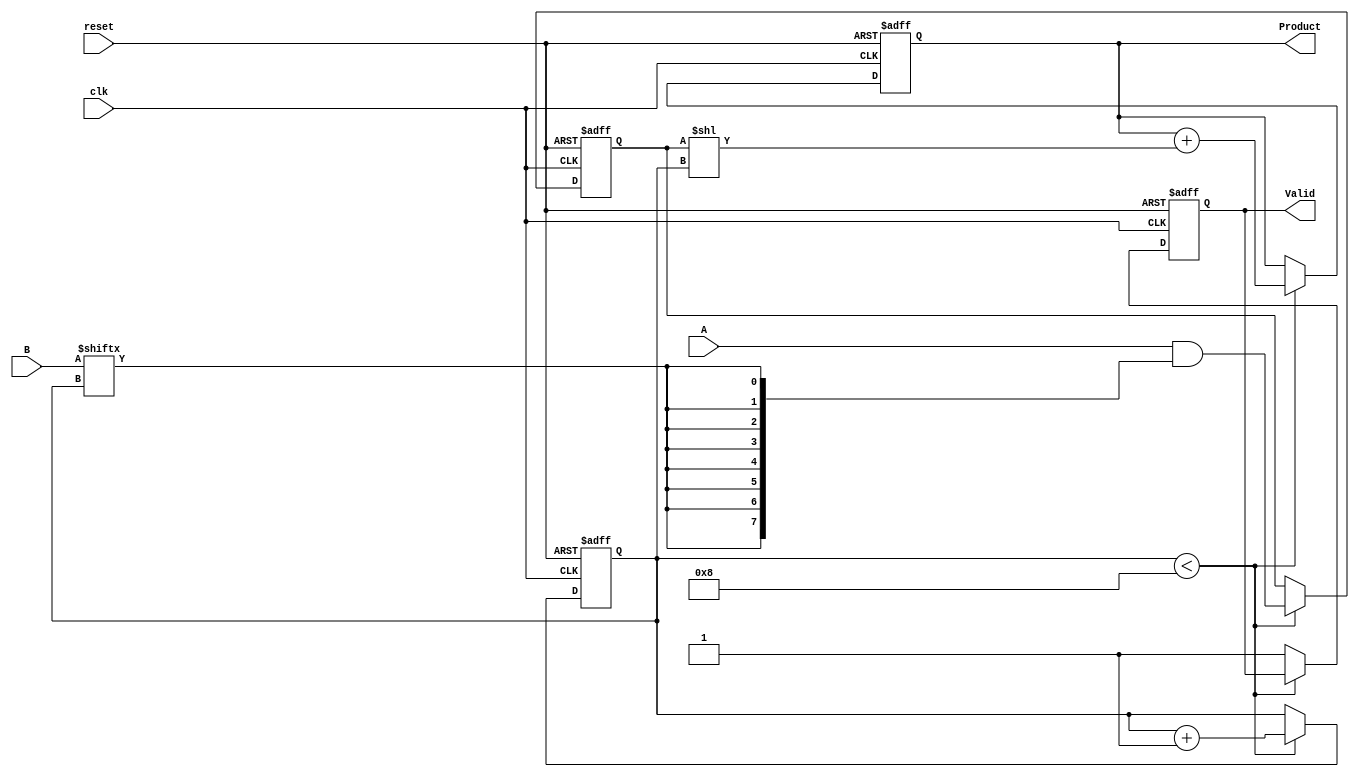
module PartialProductAccumulator #(
    parameter WIDTH = 8  // Width of the operands
)(
    input wire [WIDTH-1:0] A,       // Multiplicand
    input wire [WIDTH-1:0] B,       // Multiplier
    input wire clk,                  // Clock signal
    input wire reset,                // Active-high reset signal
    output reg [2*WIDTH-1:0] Product, // Final accumulated product output
    output reg Valid                 // Signal indicating that the product is valid
);

    reg [WIDTH-1:0] partial_product; // Intermediate partial product
    reg [3:0] bit_counter;            // Counter for bits processed

    // Initialization and reset logic
    always @(posedge clk or posedge reset) begin
        if (reset) begin
            Product <= 0;       // Clear the accumulated product
            partial_product <= 0; // Clear the partial product
            bit_counter <= 0;   // Reset the bit counter
            Valid <= 1'b0;      // Product not valid initially
        end else begin
            if (bit_counter < WIDTH) begin
                // Generate partial product by ANDing A with the current bit of B
                partial_product <= A & {WIDTH{B[bit_counter]}};
                
                // Accumulate the partial product
                Product <= Product + (partial_product << bit_counter);
                
                // Increment the counter
                bit_counter <= bit_counter + 1;
            end else begin
                // Once all bits have been processed, assert Valid
                Valid <= 1'b1;
            end
        end
    end
endmodule